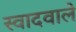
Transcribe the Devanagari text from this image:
स्वादवाले